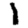
Digit: 1